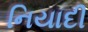
નિયાદી